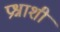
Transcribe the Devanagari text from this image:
प्रश्नाशी